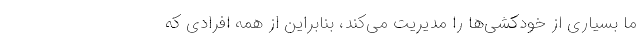
ما بسیاری از خودکشی‌ها را مدیریت می‌کند، بنابراین از همه افرادی که